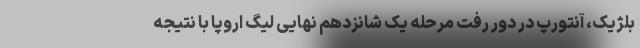
بلژیک، آنتورپ در دور رفت مرحله یک شانزدهم نهایی لیگ اروپا با نتیجه